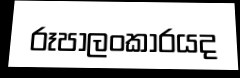
රූපාලංකාරයද